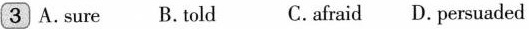
3 A.sure B.told C. afraid D. persuaded